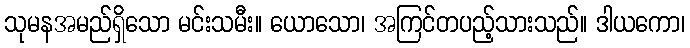
သုမနအမည်ရှိသော မင်းသမီး။ ယောသော၊ အကြင်တပည့်သားသည်။ ဒါယကော၊